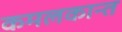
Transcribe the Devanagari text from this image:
कमलकान्त